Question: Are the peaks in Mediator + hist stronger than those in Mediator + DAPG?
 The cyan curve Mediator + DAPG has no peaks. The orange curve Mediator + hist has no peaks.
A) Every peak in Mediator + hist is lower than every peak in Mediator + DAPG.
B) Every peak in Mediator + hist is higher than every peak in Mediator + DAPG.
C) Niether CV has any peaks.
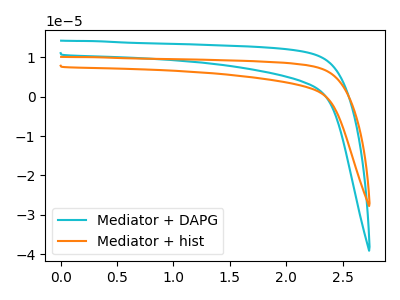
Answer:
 <answer>C) Niether CV has any peaks.</answer>
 <eval>C</eval>